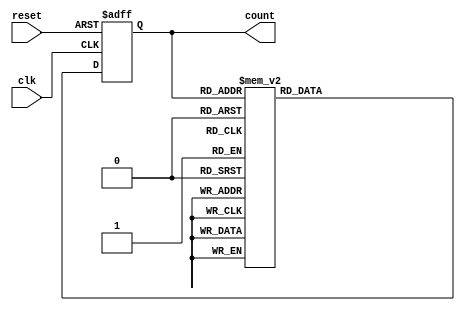
module decade_ring_counter(
    input wire clk,      // Clock input
    input wire reset,    // Asynchronous reset
    output reg [3:0] count // 4-bit output for the current state
);

// State encoding for the Decade Ring Counter
parameter [3:0] S0 = 4'b0000;
parameter [3:0] S1 = 4'b0001;
parameter [3:0] S2 = 4'b0010;
parameter [3:0] S3 = 4'b0011;
parameter [3:0] S4 = 4'b0100;
parameter [3:0] S5 = 4'b0101;
parameter [3:0] S6 = 4'b0110;
parameter [3:0] S7 = 4'b0111;
parameter [3:0] S8 = 4'b1000;
parameter [3:0] S9 = 4'b1001;

always @(posedge clk or posedge reset) begin
    if (reset) begin
        count <= S0; // Reset to state 0
    end else begin
        case(count)
            S0: count <= S1;
            S1: count <= S2;
            S2: count <= S3;
            S3: count <= S4;
            S4: count <= S5;
            S5: count <= S6;
            S6: count <= S7;
            S7: count <= S8;
            S8: count <= S9;
            S9: count <= S0; // Wrap back to state 0
            default: count <= S0; // Default case to handle unused states
        endcase
    end
end

endmodule